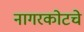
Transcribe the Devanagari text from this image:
नागरकोटचे